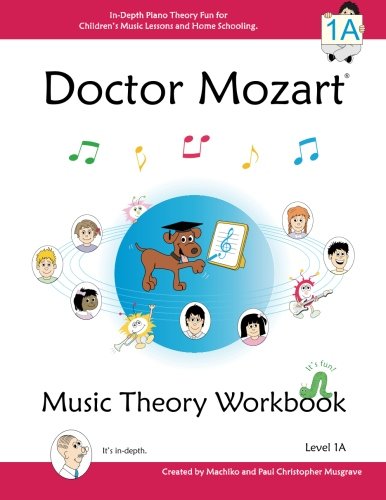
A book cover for Doctor Mozart Music Theory Workbook Level 1A: In-Depth Piano Theory Fun for Children's Music Lessons and HomeSchooling: Highly Effective for Beginners Learning a Musical Instrument; Paul Christopher Musgrave; Humor & Entertainment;